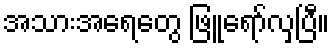
အသားအရေတွေ ဖြူရော်လှပြီ။